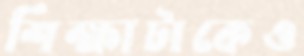
শিক্ষাটাকেও